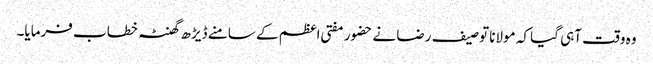
وہ وقت آہی گیا کہ مولانا توصیف رضا نے حضور مفتی اعظم کے سامنے ڈیڑھ گھنٹہ خطاب فرمایا۔